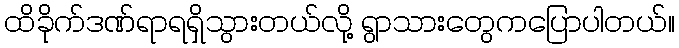
ထိခိုက်ဒဏ်ရာရရှိသွားတယ်လို့ ရွာသားတွေကပြောပါတယ်။